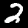
Label: 2